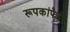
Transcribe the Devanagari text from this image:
रूपकांपैकी